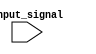
module casez_example(
    input [2:0] input_signal
);

    reg [1:0] result;

    always @* begin
        casez(input_signal)
            3'b000: result <= 2'b00;
            3'b001: result <= 2'b01;
            3'b0xx: result <= 2'b10;
            default: result <= 2'b11;
        endcase
    end

endmodule